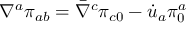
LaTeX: \nabla ^ { a } \pi _ { a b } = \bar { \nabla } ^ { c } \pi _ { c 0 } - \dot { u } _ { a } \pi _ { 0 } ^ { a }